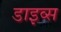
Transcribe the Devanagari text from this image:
डाइव्स